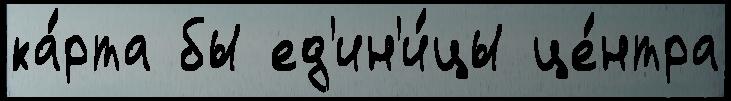
ка́рта бы ед'ин'и́цы це́нтра